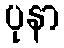
ပုနာ